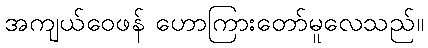
အကျယ်ဝေဖန် ဟောကြားတော်မူလေသည်။